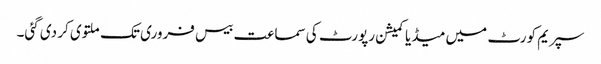
سپریم کورٹ میں میڈیا کمیشن رپورٹ کی سماعت بیس فروری تک ملتوی کر دی گئی۔